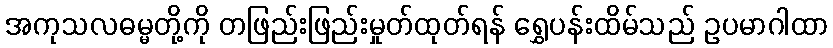
အကုသလဓမ္မတို့ကို တဖြည်းဖြည်းမှုတ်ထုတ်ရန် ရွှေပန်းထိမ်သည် ဥပမာဂါထာ